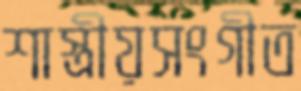
শাস্ত্রীয়সংগীত